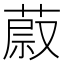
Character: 𦵥